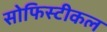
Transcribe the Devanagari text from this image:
सोफिस्टीकल